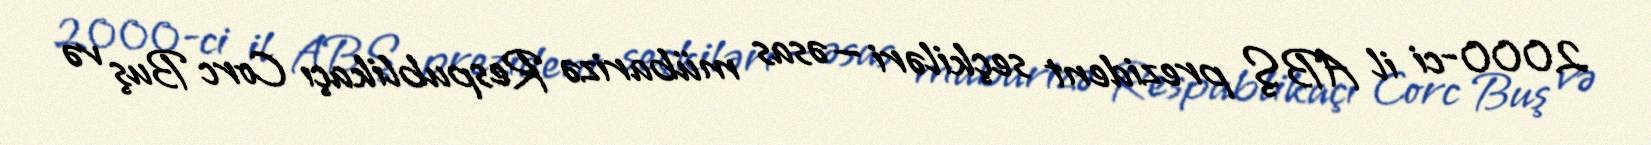
2000-ci il ABŞ prezident seçkiləri — əsas mübarizə Respublikaçı Corc Buş və